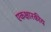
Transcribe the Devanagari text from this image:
एकक्षारकीय